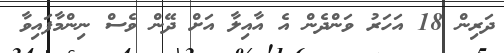
ދަރިން 18 އަހަރު ވަންދެން އެ އާއިލާ އަށް ދޭން ވެސް ނިންމާފައިވާ